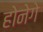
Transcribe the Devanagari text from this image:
होनेगे